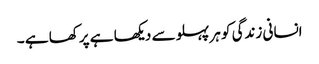
انسانی زندگی کو ہر پہلو سے دیکھا ہے پرکھا ہے ۔